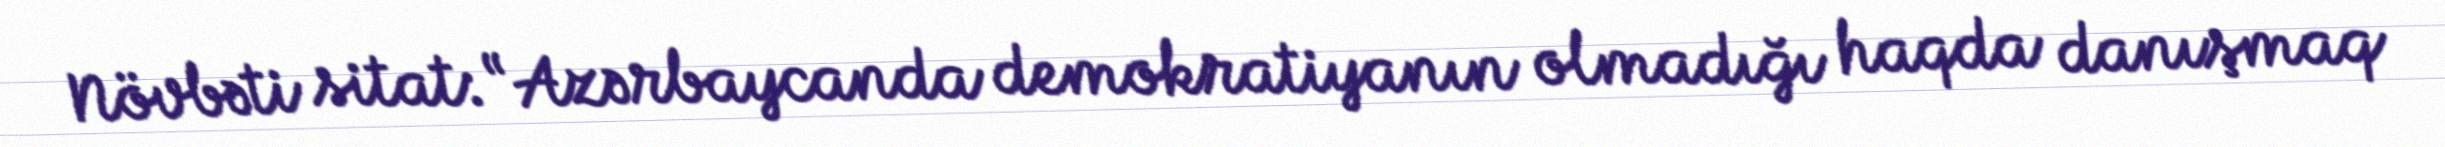
Növbəti sitat: “Azərbaycanda demokratiyanın olmadığı haqda danışmaq